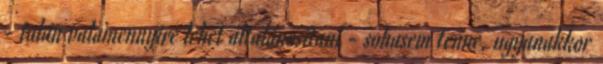
- talán valamennyire lehet általánosítani - sohasem tenne, ugyanakkor